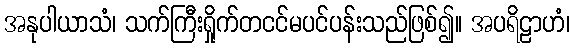
အနုပါယာသံ၊ သက်ကြီးရှိုက်တငင်မပင်ပန်းသည်ဖြစ်၍။ အပရိဠာဟံ၊